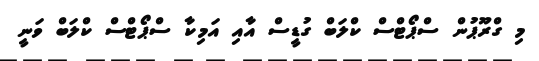
މި ގްރޫޕުން ސްޕޯޓްސް ކްލަބް ގުޑީސް އާއި އަމިކާ ސްޕޯޓްސް ކްލަބް ވަނީ